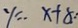
y = - x + 8 .